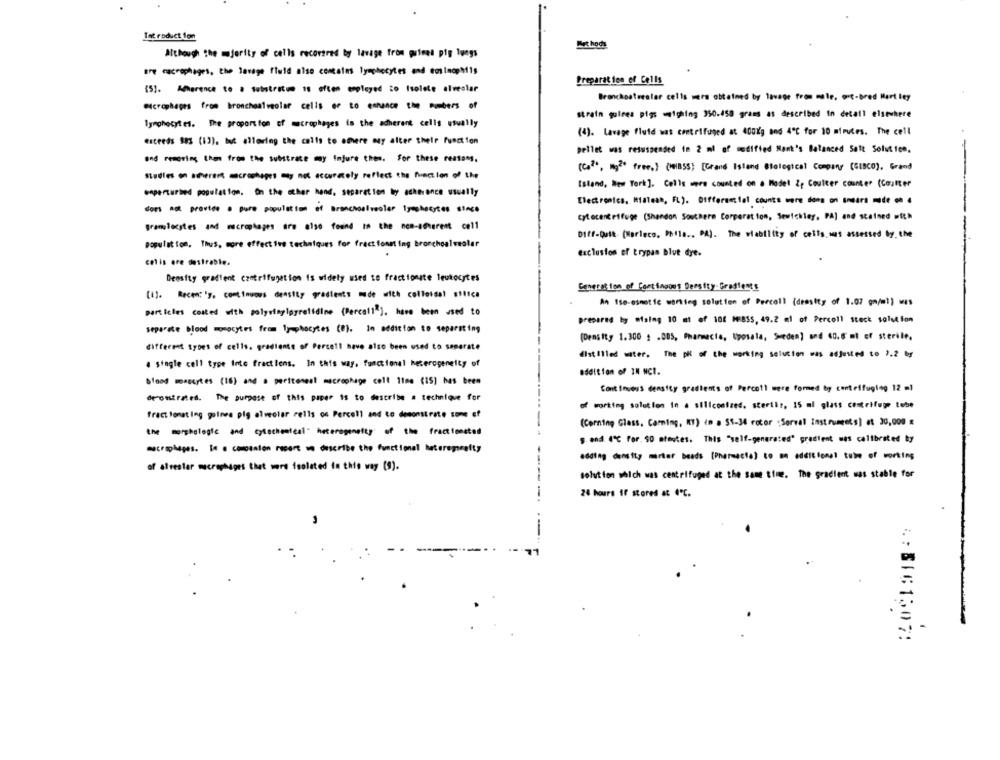
Tnt roduct lon
Methods
Although the mjerity of cells recovered by lavage from guinea pig lungs
are macrophages, the lavage fluid also contains lymphocytes and eosinopMis
Preparation of Cells
15). A.rence to . sitrata 1s often emplayed to Isolate alveslar
Bronchoatesolar cells were obtained by lavage from male, ort-bred Hart ley
microphages from bronchoalveolar cells er to eanance the numbers of
strain guinea pigs weighing 350.450 grams as described in detail elsewhere
lymphocytes. The proportion of macrophages is the adherent cells usually
(4). Lavage fluid was centrifuged at 400Kg and 4℃ for 10 minutes. The cell
exceeds 983 (12), but allering the calls to amhere muy alter their function
pellet was resuspended in 2 ml of
modified Mant's Balanced Salt Solution.
and removing then from the substrate my injure thes. For these reatomg,
(Co2), mg2+ free.} (MESS) [Grand Island Biological Company (CISCO), Grand
Studies on acerset macrophages may not accurately reflect the function of the
Island, New York]. Cells were counted on a Model 2, Coutter counter (Coulter
unperturbed population. On the other hand, separation by adherence usually
Electronics. Rialean, FL). Different fal counts were dons on smears mide . 4
does not provide a pure population of Bronchoalveoler lymphocytes since
cytocentrifuge (Shandon Southern Corporat ton, Sewickley, PA) and stained with
gramlocates and macrophages are also found in the nem-scherent cell
Diff-Quit (Marisco, Phils ., DA). The wiability of cells was assessed by the
population. Thus, more effective techniques for fract fonet ing bronchoalveolar
exclusion of trypan blue dye.
colis are destrasie.
Density gradient centrifugation is widely used to fractionate leukocytes
Centration of Cost ingout Deesity-Graffents
[1]. Recen: 'y, continuous density gradients made with colleisa! silica
An ise-osmotic working solution of Percall (density of 1.07 gm/ml) was
particles costed with polystaylogratidine (Percall ). have been used to
prepared by miaing 10 mt of 108 M:BSS, 49.2 ml of Percoll steck solution
separate blood monocytes from lymphocytes (0). In addition to separating
[Density 1.300 2 .005, Pharmacie, Uppsala, Seeden] and 60.5' ml of sterile.
different types of cells. gradiente of Percell have also been used to separate
distilled water. The pi of the working solution was adjusted to 2.2 by
. single cell type Inte fractlens. In this way. functional heterogeneity of
addition of IN NCI.
blood mascytes (16) and a peritoneal macrophage coll 11me (15) has been
Continuous density gradients of Percoll were formed by centrifuging 12 ml
deronstrated. The purpose of this paper is to describe a technique for
of working solution in a siliconized. sterilr, 15 al glass centrifuge tube
fract tonating guinea pig alveolar rells os Percell and to demonstrate some of
(Corning Glass, Caring, KT) in a 55-34 rotor : Sorwal Instruments] at 30,000 x
the morphelogic and cytochemical" heterogeneity
of the fractionated
§ end. 4"℃ for. 50 atoutes. This "self-generated" gradient wes calibrated by
escrophages. Is a companion resort on describe the functional heterogently
adding density merter beads [Pharmacia) to me additional tube of working
of alrester macrophages that were feolated in this way (9).
solution which was centrifuged at the same time. The gradient was stable for
24 hours If stored at 4℃.
-
.: BIG1507: